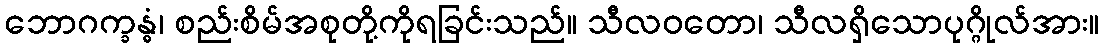
ဘောဂက္ခန္ဓံ၊ စည်းစိမ်အစုတို့ကိုရခြင်းသည်။ သီလဝတော၊ သီလရှိသောပုဂ္ဂိုလ်အား။